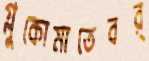
গ্লুকোমাতেবর্